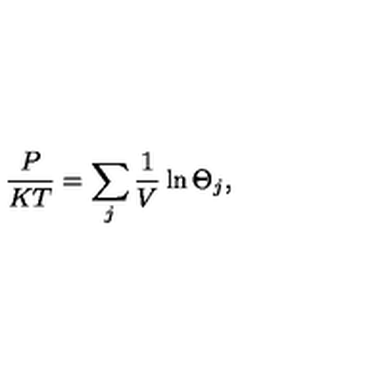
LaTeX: \frac { P } { K T } = \sum _ { j } \frac { 1 } { V } \ln \Theta _ { j } ,